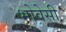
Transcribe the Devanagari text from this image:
भोवेसी